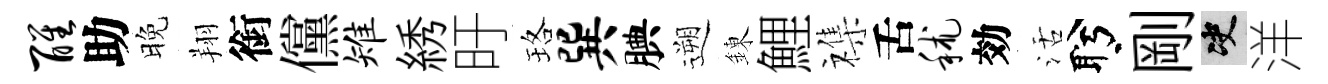
醒助晚翔銜儻雉綉旴珞巽腆遡錬鯉襍舌秫効活盻剛决洋